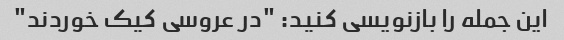
این جمله را بازنویسی کنید: "در عروسی کیک خوردند"